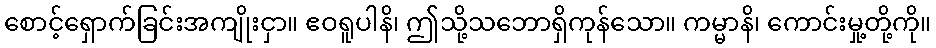
စောင့်ရှောက်ခြင်းအကျိုးငှာ။ ဧဝရူပါနိ၊ ဤသို့သဘောရှိကုန်သော။ ကမ္မာနိ၊ ကောင်းမှု့တို့ကို။